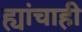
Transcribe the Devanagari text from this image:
ह्यांचाही